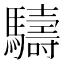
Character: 䮻